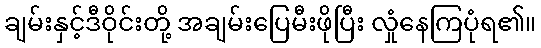
ချမ်းနှင့်ဒီဝိုင်းတို့ အချမ်းပြေမီးဖိုပြီး လှုံနေကြပုံရ၏။